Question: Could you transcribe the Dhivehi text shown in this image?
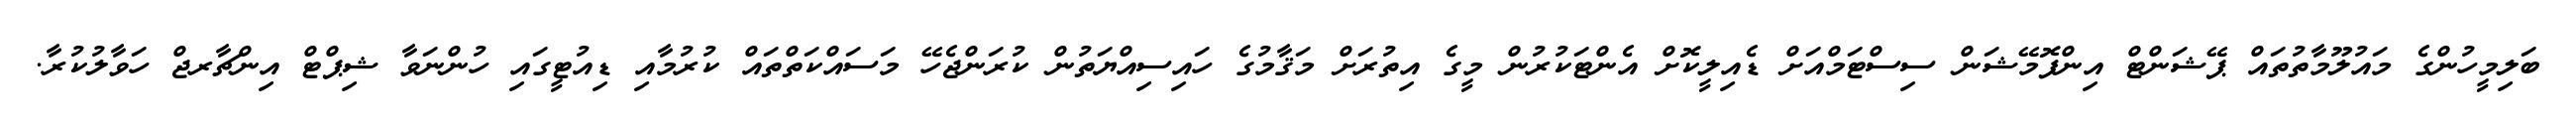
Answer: ބަލިމީހުންގެ މައުލޫމާތުތައް ޕޭޝަންޓް އިންފޮމޭޝަން ސިސްޓަމްއަށް ޑެއިލީކޮށް އެންޓަކުރުން މީގެ އިތުރަށް މަޤާމުގެ ހައިސިއްޔަތުން ކުރަންޖެހޭ މަސައްކަތްތައް ކުރުމާއި ޑިއުޓީގައި ހުންނަވާ ޝިޕްޓް އިންޗާރޖް ހަވާލުކުރާ.